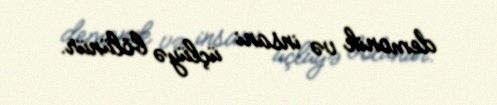
demonik və insani üçlüyə bölünür.